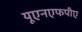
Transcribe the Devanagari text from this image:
यूएनएफपीए